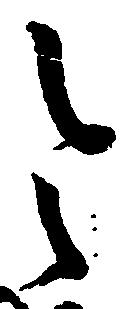
令